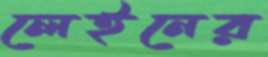
লেইনের